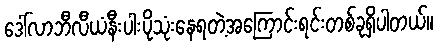
ဒေါ်လာဘီလီယံနီးပါးပိုသုံးနေရတဲ့အကြောင်းရင်းတစ်ခုရှိပါတယ်။